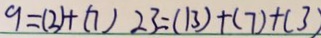
9 = ( 2 ) + ( 7 ) 2 3 = ( 1 3 ) + ( 7 ) + ( 3 )